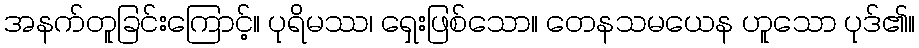
အနက်တူခြင်းကြောင့်။ ပုရိမဿ၊ ရှေးဖြစ်သော။ တေနသမယေန ဟူသော ပုဒ်၏။